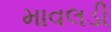
માવલડી